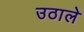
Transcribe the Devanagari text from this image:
उठाले